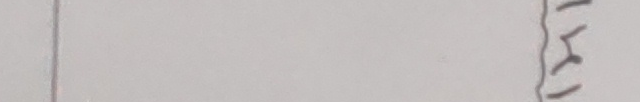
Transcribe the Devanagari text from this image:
१
२
५
६
१